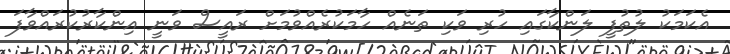
އެކަމަކު ލުތުފީ ލަންކާގައި ހުރި ވަކި ތަނެއް ހާމަކުރެއްވުމަށް ރައީސް ވަނީ އިންކާރުކުރައްވާފަ